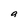
Character: a